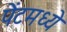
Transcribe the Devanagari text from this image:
पेंटमध्ये